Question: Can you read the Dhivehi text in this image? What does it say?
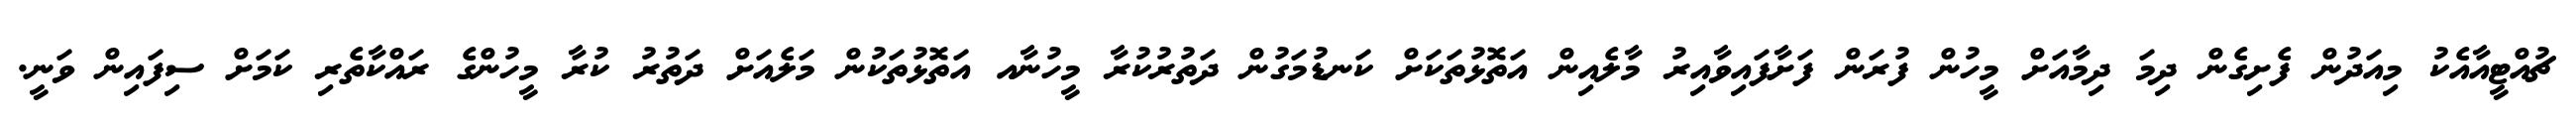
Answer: ޗުއްޓީއާއެކު މިއަދުން ފެށިގެން ދިމަ ދިމާއަށް މީހުން ފުރަން ފަށާފައިވާއިރު މާލެއިން އަތޮޅުތަކަށް ކަނޑުމަގުން ދަތުރުކުރާ މީހުނާއ އަތޮޅުތަކުން މަލެއަށް ދަތުރު ކުރާ މީހުންގެ ރައްކާތެރި ކަމަށް ސިފައިން ވަނީ.